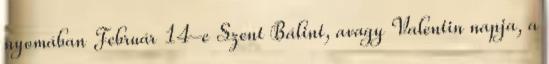
nyomában Február 14-e Szent Bálint, avagy Valentin napja, a